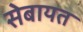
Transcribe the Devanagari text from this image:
सेबायत